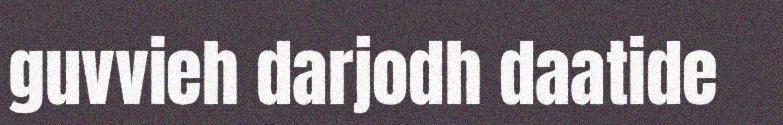
guvvieh darjodh daatide